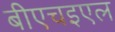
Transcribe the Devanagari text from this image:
बीएचइएल